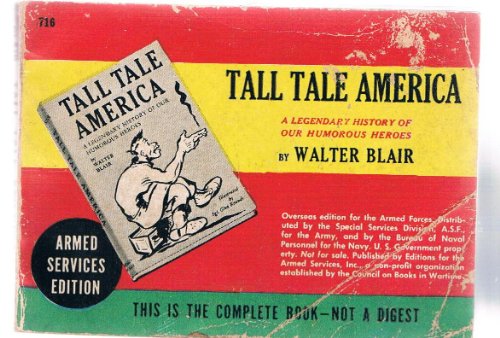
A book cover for Tall Tale America; Humor & Entertainment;